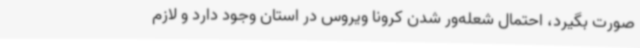
صورت بگیرد، احتمال شعله‌ور شدن کرونا ویروس در استان وجود دارد و لازم